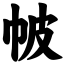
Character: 帔